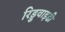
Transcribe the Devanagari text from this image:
रिड्डवाइडी